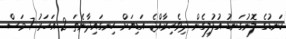
ކަނޑުގެ ލޮނުގަނޑު އުފުލިގެން ދިވެހިރާއްޖެ އަޑިޔަށް ހިނގައިދާނެތަ 2 އަހަރު 7 މަސް